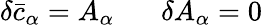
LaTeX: \delta{\bar{c}}_{\alpha}=A_{\alpha}\; \; \; \; \; \; \delta A_{\alpha}=0